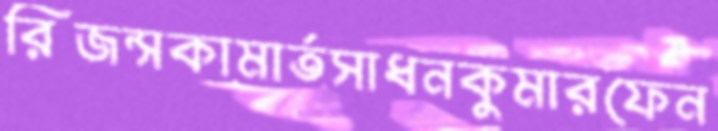
রিজন্সকামার্তসাধনকুমারফেন